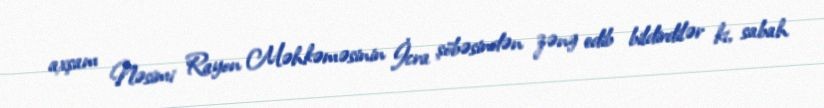
axşam Nəsimi Rayon Məhkəməsinin İcra şöbəsindən zəng edib bildirdilər ki, sabah